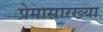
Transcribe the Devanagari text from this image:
प्रेमासारख्या